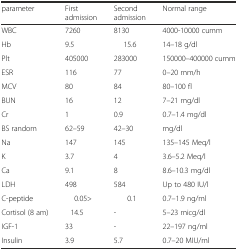
<table><thead><tr><td><b>parameter</b></td><td><b>First admission</b></td><td><b>Second admission</b></td><td><b>Normal range</b></td></tr></thead><tbody><tr><td>WBC</td><td>7260</td><td>8130</td><td>4000-10000 cumm</td></tr><tr><td>Hb</td><td>9.5</td><td>15.6</td><td>14–18 g/dl</td></tr><tr><td>Plt</td><td>405000</td><td>283000</td><td>150000–400000 cumm</td></tr><tr><td>ESR</td><td>116</td><td>77</td><td>0–20 mm/h</td></tr><tr><td>MCV</td><td>80</td><td>84</td><td>80–100 fl</td></tr><tr><td>BUN</td><td>16</td><td>12</td><td>7–21 mg/dl</td></tr><tr><td>Cr</td><td>1</td><td>0.9</td><td>0.7–1.4 mg/dl</td></tr><tr><td>BS random</td><td>62–59</td><td>42–30</td><td>mg/dl</td></tr><tr><td>Na</td><td>147</td><td>145</td><td>135–145 Meq/l</td></tr><tr><td>K</td><td>3.7</td><td>4</td><td>3.6–5.2 Meq/l</td></tr><tr><td>Ca</td><td>9.1</td><td>8</td><td>8.6–10.3 mg/dl</td></tr><tr><td>LDH</td><td>498</td><td>584</td><td>Up to 480 IU/l</td></tr><tr><td>C-peptide</td><td>0.05&gt;</td><td>0.1</td><td>0.7–1.9 ng/ml</td></tr><tr><td>Cortisol (8 am)</td><td>14.5</td><td>-</td><td>5–23 micg/dl</td></tr><tr><td>IGF-1</td><td>33</td><td>-</td><td>22–197 ng/ml</td></tr><tr><td>Insulin</td><td>3.9</td><td>5.7</td><td>0.7–20 MIU/ml</td></tr></tbody></table>